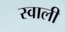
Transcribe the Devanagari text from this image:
स्वाली